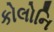
કોલોનિ